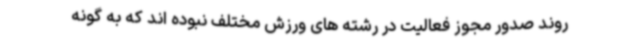
روند صدور مجوز فعالیت در رشته های ورزش مختلف نبوده اند که به گونه